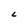
Character: L